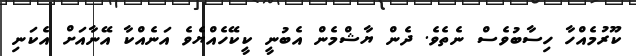
ކޫރުމެއްހާ ހިސާބުވެސް ނެތެވެ. ދެން ޔާޝްމެން އެބުނީ ކީކޭހެއްޔެވެ އަނެއްކާ އޭނާއަށް އެކަނި